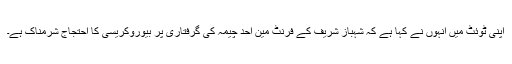
اپنی ٹوئٹ میں انہوں نے کہا ہے کہ شہباز شریف کے فرنٹ مین احد چیمہ کی گرفتاری پر بیوروکریسی کا احتجاج شرمناک ہے۔